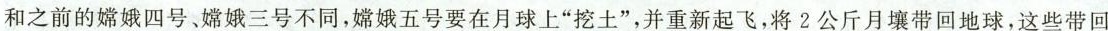
和之前的嫦娥四号、嫦娥三号不同，嫦娥五号要在月球上”挖土”，并重新起飞，将2公斤月壤带回地球，这些带回